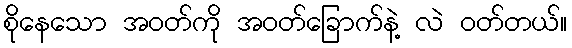
စိုနေသော အဝတ်ကို အဝတ်ခြောက်နဲ့ လဲ ဝတ်တယ်။